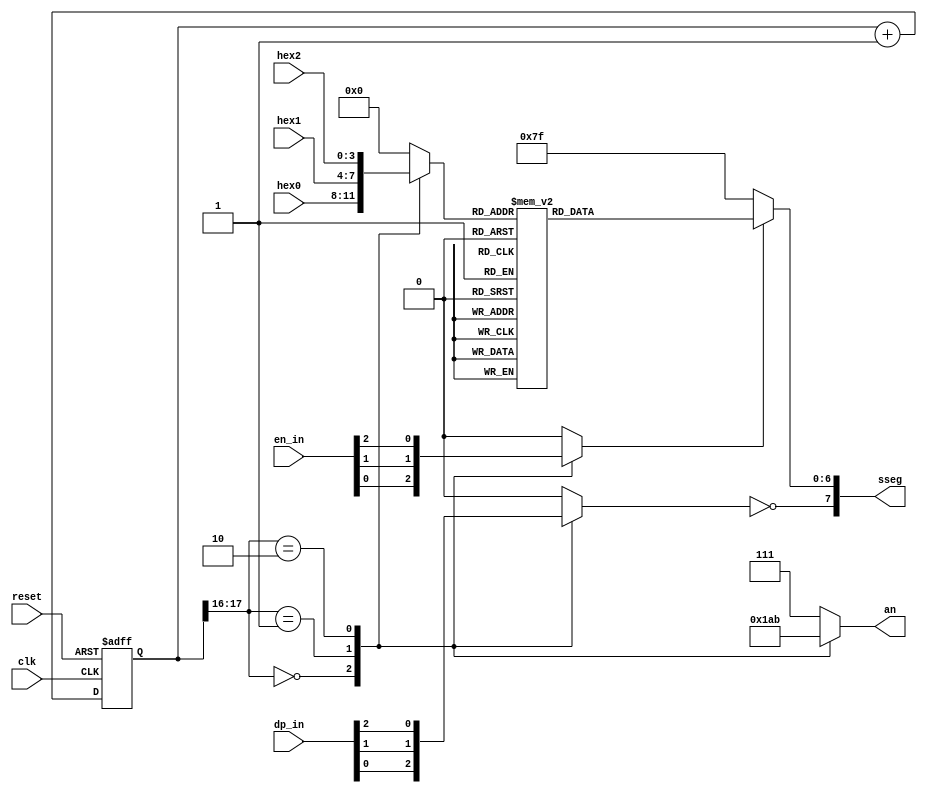
module DispHexMux
   (
    input wire clk, reset,
    input wire [3:0] hex2, hex1, hex0,  // hex digits
    input wire [2:0] dp_in,             // 3 decimal points
	 input wire [2:0] en_in,
    output reg [2:0] an,  // enable 1-out-of-3 asserted low
    output reg [7:0] sseg // led segments
   );

   // constant declaration
   // refreshing rate around 800 Hz (50 MHz/2^16)
   localparam N = 18;
   // internal signal declaration
   reg [N-1:0] q_reg;
   wire [N-1:0] q_next;
   reg [3:0] hex_in;
   reg dp;
	reg en;

   // N-bit counter
   // register
   always @(posedge clk, posedge reset)
      if (reset)
         q_reg <= 0;
      else
         q_reg <= q_next;

   // next-state logic
   assign q_next = q_reg + 1;

   // 2 MSBs of counter to control 4-to-1 multiplexing
   // and to generate active-low enable signal
   always @*
      case (q_reg[N-1:N-2])
         3'b00:
            begin
               an =  3'b110;
               hex_in = hex0;
               dp = dp_in[0];
					en = en_in[0];
            end
         2'b01:
            begin
               an =  3'b101;
               hex_in = hex1;
               dp = dp_in[1];
					en = en_in[1];
            end
         2'b10:
            begin
               an =  3'b011;
               hex_in = hex2;
               dp = dp_in[2];
					en = en_in[2];
            end
         default:
				begin
					hex_in = 3'b000;
					dp = 1'b0;
					en = 1'b0;
					an = 3'b111;
				end
       endcase

   // hex to seven-segment led display
   always @*
   begin
		if( en )
			case(hex_in)
				4'h0: sseg[6:0] = 7'b0000001;
				4'h1: sseg[6:0] = 7'b1001111;
				4'h2: sseg[6:0] = 7'b0010010;
				4'h3: sseg[6:0] = 7'b0000110;
				4'h4: sseg[6:0] = 7'b1001100;
				4'h5: sseg[6:0] = 7'b0100100;
				4'h6: sseg[6:0] = 7'b0100000;
				4'h7: sseg[6:0] = 7'b0001111;
				4'h8: sseg[6:0] = 7'b0000000;
				4'h9: sseg[6:0] = 7'b0000100;
				4'ha: sseg[6:0] = 7'b0001000;
				4'hb: sseg[6:0] = 7'b1100000;
				4'hc: sseg[6:0] = 7'b0110001;
				4'hd: sseg[6:0] = 7'b1000010;
				4'he: sseg[6:0] = 7'b0110000;
				default: sseg[6:0] = 7'b0111000;  //4'hf
		  endcase
		else
			sseg[6:0] = 7'b1111111;
      sseg[7] = ~dp;
   end

endmodule